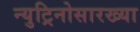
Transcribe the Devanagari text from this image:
न्युट्रिनोसारख्या